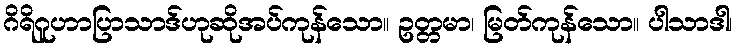
ဂိရိဂူဟာပြာသာဒ်ဟုဆိုအပ်ကုန်သော။ ဥတ္တမာ၊ မြတ်ကုန်သော။ ပါသာဒါ၊